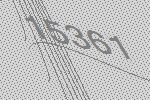
15361